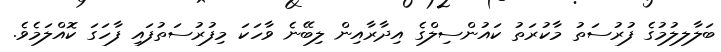
ބަލާލލުމުގެ ފުރުސަތު މާކުރަތު ކައުންސިލްގެ އިދާރާއިން ލިބޭނެ ވާހަކަ މިފުރުސަތުފައި ފާހަގަ ކޮއްލަމެވެ.